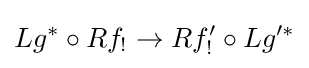
Lg^{*}\circ Rf_{!}\to Rf'_{!}\circ Lg'^{*}